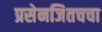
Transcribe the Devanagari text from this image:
प्रसेनजितचचा